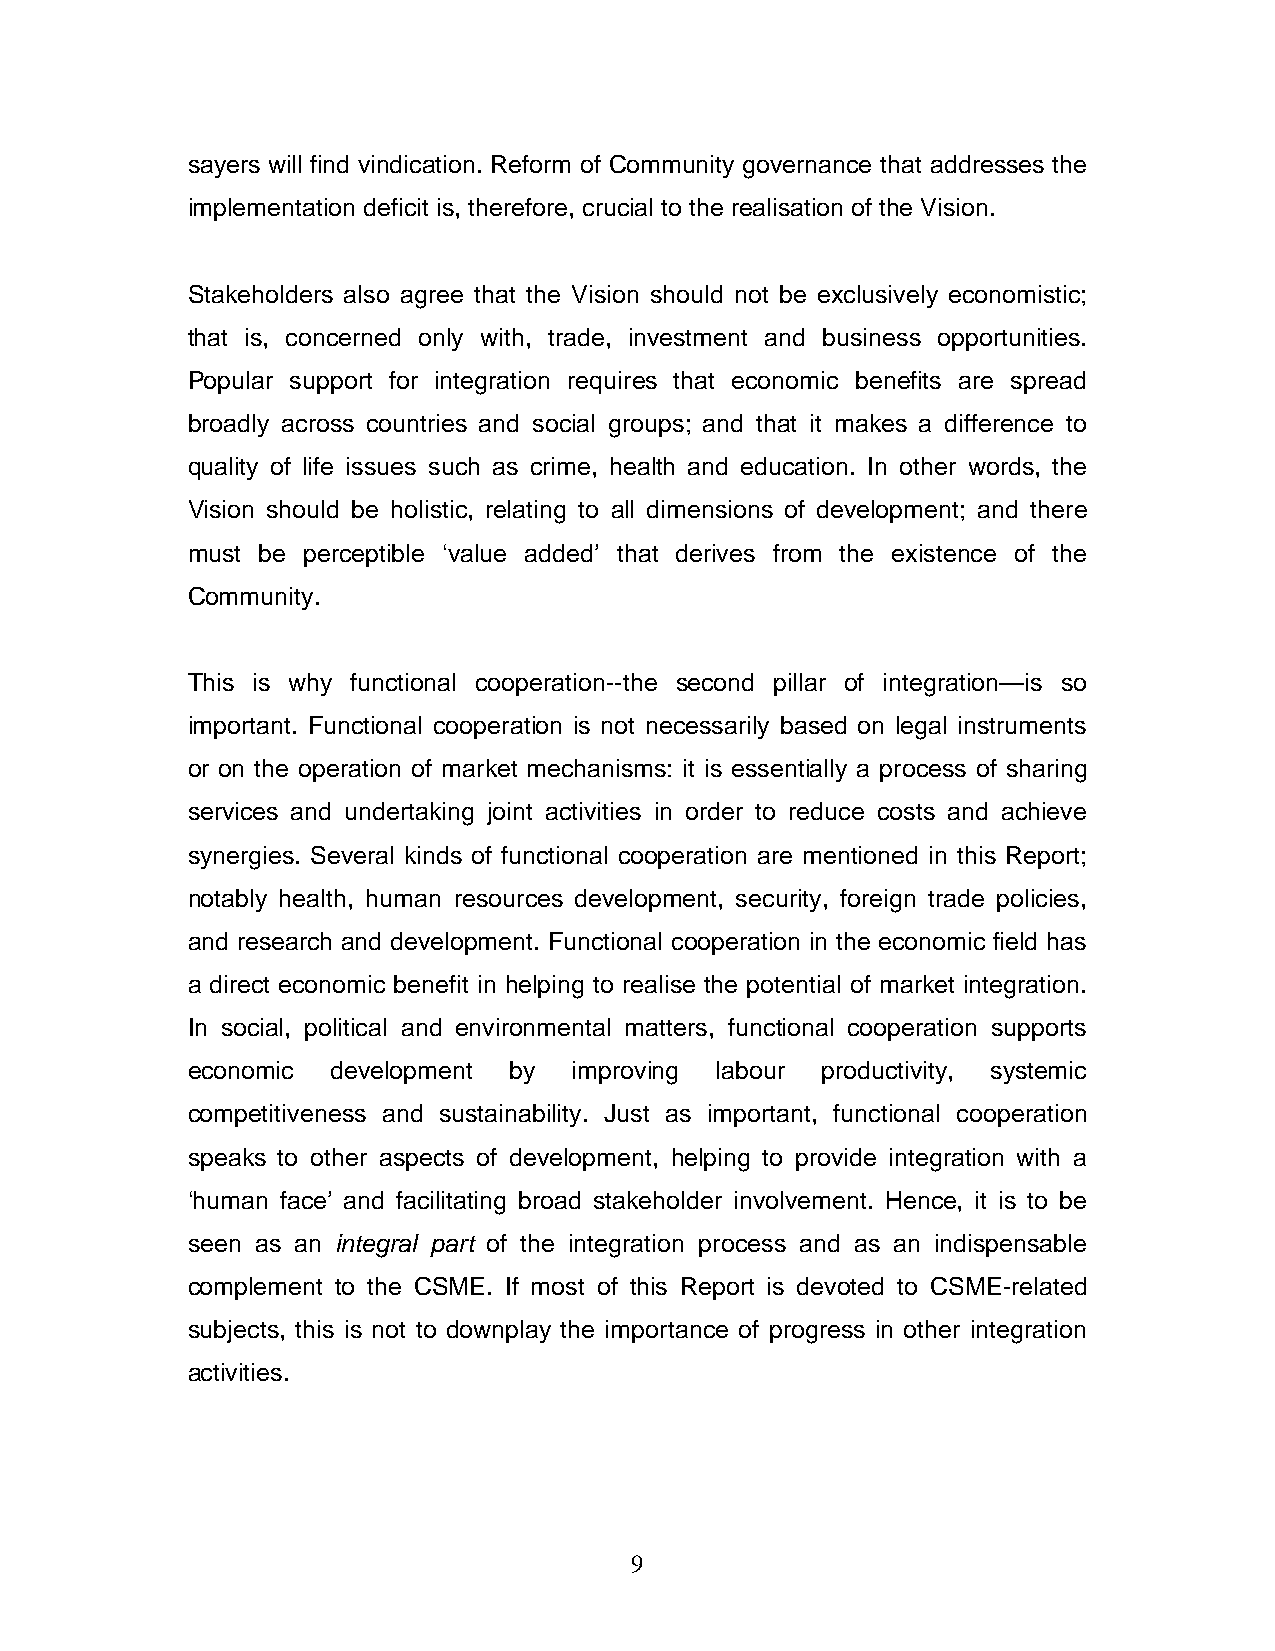
sayers will find vindication. Reform of Community governance that addresses the
 implementation deficit is, therefore, crucial to the realisation of the Vision.
 Stakeholders also agree that the Vision should not be exclusively economistic;
 that is, concerned only with, trade, investment and business opportunities.
 Popular support for integration requires that economic benefits are spread
 broadly across countries and social groups; and that it makes a difference to
 quality of life issues such as crime, health and education. In other words, the
 Vision should be holistic, relating to all dimensions of development; and there
 must be perceptible ‘value added’ that derives from the existence of the
 Community.
 This is why functional cooperation--the second pillar of integration—is so
 important. Functional cooperation is not necessarily based on legal instruments
 or on the operation of market mechanisms: it is essentially a process of sharing
 services and undertaking joint activities in order to reduce costs and achieve
 synergies. Several kinds of functional cooperation are mentioned in this Report;
 notably health, human resources development, security, foreign trade policies,
 and research and development. Functional cooperation in the economic field has
 a direct economic benefit in helping to realise the potential of market integration.
 In social, political and environmental matters, functional cooperation supports
 economic  development by  improving labour productivity, systemic
 competitiveness and sustainability. Just as important, functional cooperation
 speaks to other aspects of development, helping to provide integration with a
 ‘human face’ and facilitating broad stakeholder involvement. Hence, it is to be
 seen as an integral part of the integration process and as an indispensable
 complement to the CSME. If most of this Report is devoted to CSME-related
 subjects, this is not to downplay the importance of progress in other integration
 activities.
 9